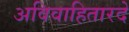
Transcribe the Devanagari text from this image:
अविवाहितारदे